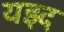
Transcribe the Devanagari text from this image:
यझ्द